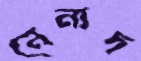
নেনাদ